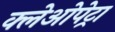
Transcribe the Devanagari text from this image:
क्लेओपेट्रा